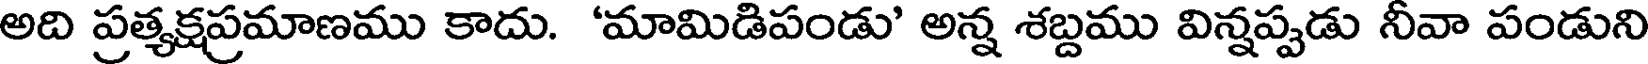
అది ప్రత్యక్షప్రమాణము కాదు. 'మామిడిపండు' అన్న శబ్దము విన్నప్పడు నీవా పండుని